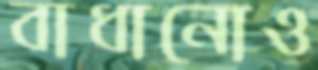
বাধানোও